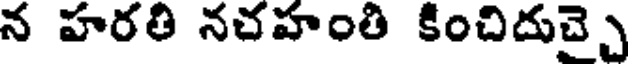
న హరతి నచహంతి కించిదుచ్చై